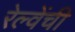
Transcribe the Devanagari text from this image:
रेल्वेंची